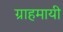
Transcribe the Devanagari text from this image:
ग्राहमायी